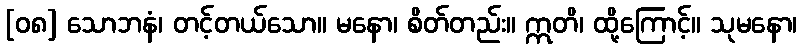
[၀၈] သောဘနံ၊ တင့်တယ်သော။ မနော၊ စိတ်တည်း။ ဣတိ၊ ထို့ကြောင့်။ သုမနော၊